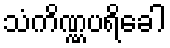
သံကိဏ္ဏပရိခေါ